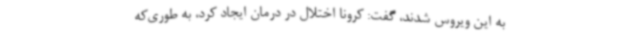
به این ویروس شدند، گفت: کرونا اختلال در درمان ایجاد کرد، به طوری‌که